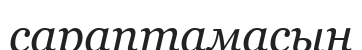
сараптамасын